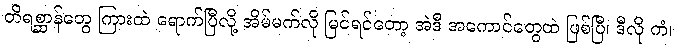
တိရစ္ဆာန်တွေ ကြားထဲ ရောက်ပြီလို့ အိမ်မက်လို မြင်ရင်တော့ အဲဒီ အကောင်တွေထဲ ဖြစ်ပြီ၊ ဒီလို ကံ၊